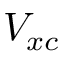
V _ { x c }